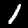
Label: 1